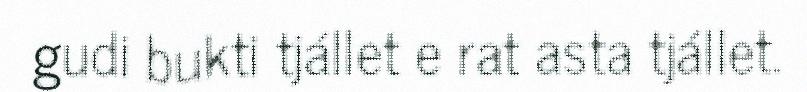
gudi bukti tjállet e rat asta tjállet.